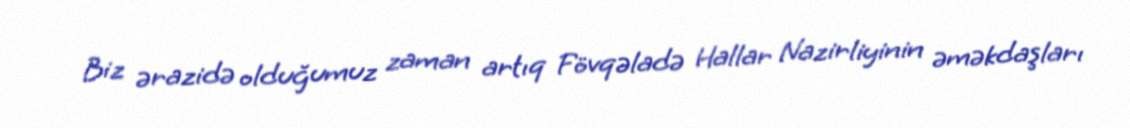
Biz ərazidə olduğumuz zaman artıq Fövqəladə Hallar Nazirliyinin əməkdaşları